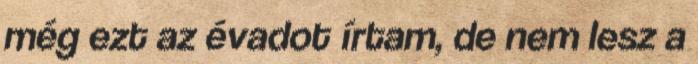
még ezt az évadot írtam, de nem lesz a